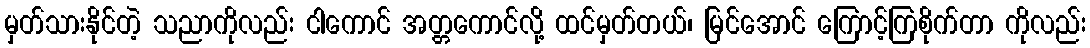
မှတ်သားနိုင်တဲ့ သညာကိုလည်း ငါကောင် အတ္တကောင်လို့ ထင်မှတ်တယ်၊ မြင်အောင် ကြောင့်ကြစိုက်တာ ကိုလည်း